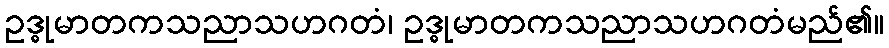
ဥဒ္ဓုမာတကသညာသဟဂတံ၊ ဥဒ္ဓုမာတကသညာသဟဂတံမည်၏။